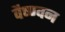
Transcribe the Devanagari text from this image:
वैष्ण्वन